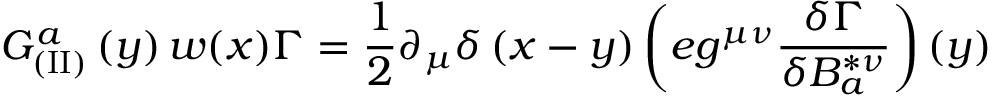
{ \cal G } _ { ( \mathrm { I I } ) } ^ { a } \left( y \right) w ( x ) \Gamma = \frac 1 2 \partial _ { \mu } \delta \left( x - y \right) \left( e g ^ { \mu \nu } \frac { \delta \Gamma } { \delta B _ { a } ^ { * \nu } } \right) \left( y \right)